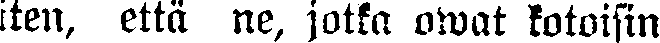
iten, että ne, jotka owat kotoisin